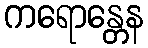
ကရောန္တေန